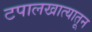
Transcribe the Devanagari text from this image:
टपालखात्यातून